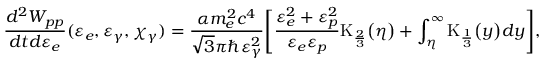
\frac { d ^ { 2 } W _ { p p } } { d t d \varepsilon _ { e } } ( \varepsilon _ { e } , \varepsilon _ { \gamma } , \chi _ { \gamma } ) = \frac { \alpha m _ { e } ^ { 2 } c ^ { 4 } } { \sqrt { 3 } \pi \hbar \varepsilon _ { \gamma } ^ { 2 } } \Biggl [ \frac { \varepsilon _ { e } ^ { 2 } + \varepsilon _ { p } ^ { 2 } } { \varepsilon _ { e } \varepsilon _ { p } } \mathrm { K } _ { \frac { 2 } { 3 } } \bigl ( \eta \bigr ) + \int _ { \eta } ^ { \infty } \mathrm { K } _ { \frac { 1 } { 3 } } \bigl ( y \bigr ) d y \Biggr ] ,